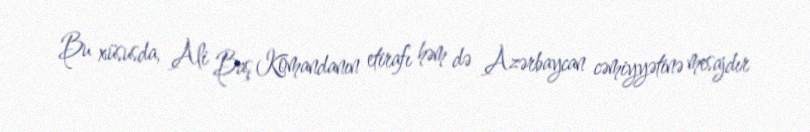
Bu xüsusda, Ali Baş Komandanın etirafı həm də Azərbaycan cəmiyyətinə mesajdır